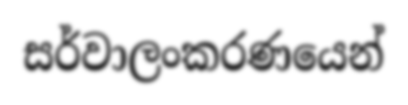
සර්වාලංකරණයෙන්